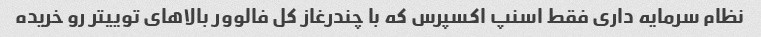
نظام سرمایه داری فقط اسنپ اکسپرس که با چندرغاز کل فالوور بالاهای توییتر رو خریده